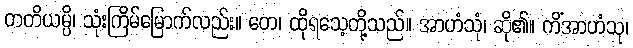
တတိယမ္ပိ၊ သုံးကြိမ်မြောက်လည်း။ တေ၊ ထိုရသေ့တို့သည်။ အာဟံသုံ၊ ဆို၏။ ကိံအာဟံသု၊